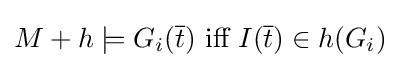
M+h\models G_{i}({\overline {t}}){\text{ iff }}I({\overline {t}})\in h(G_{i})